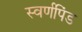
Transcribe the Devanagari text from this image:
स्वर्णपिंड